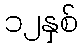
၁၂နှစ်